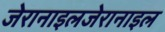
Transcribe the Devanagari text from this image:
जेरानाइलजेरानाइल